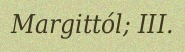
Margittól; III.